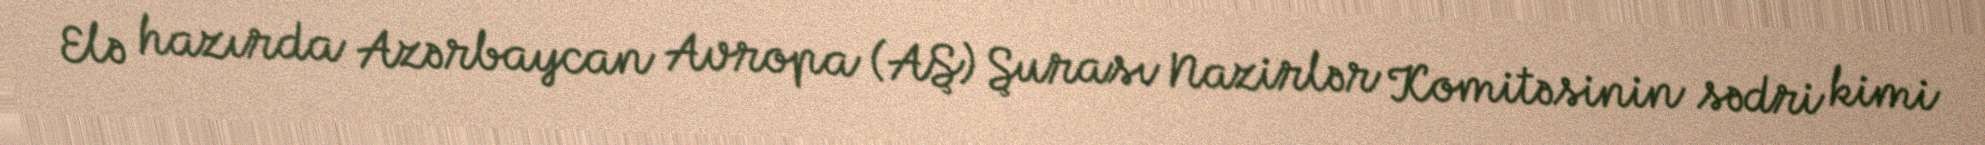
Elə hazırda Azərbaycan Avropa (AŞ) Şurası Nazirlər Komitəsinin sədri kimi